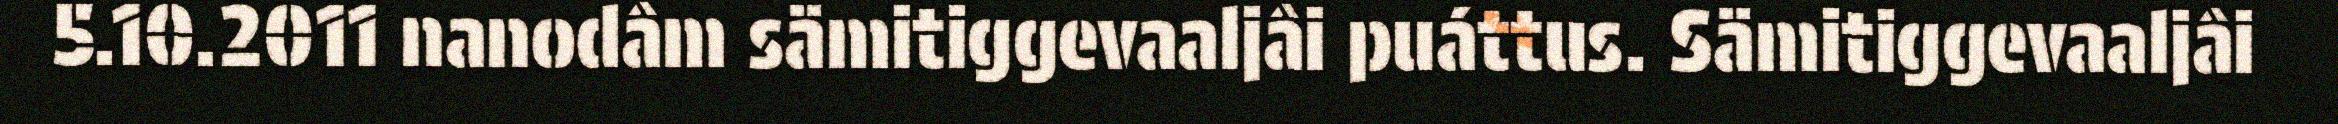
5.10.2011 nanodâm sämitiggevaaljâi puáttus. Sämitiggevaaljâi